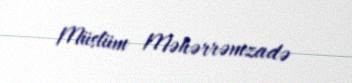
Müslüm Məhərrəmzadə